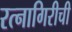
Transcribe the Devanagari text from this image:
रत्‍नागिरीची